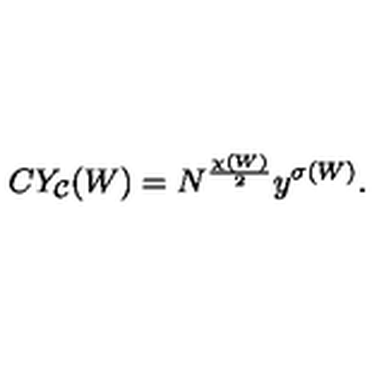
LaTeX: C Y _ { \cal C } ( W ) = N ^ { \frac { \chi ( W ) } { 2 } } y ^ { \sigma ( W ) } .